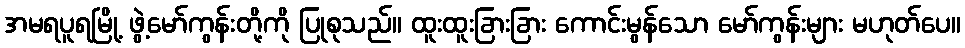
အမရပူရမြို့ ဖွဲ့မော်ကွန်းတို့ကို ပြုစုသည်။ ထူးထူးခြားခြား ကောင်းမွန်သော မော်ကွန်းများ မဟုတ်ပေ။